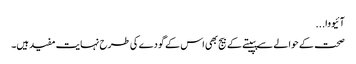
آئیووا...
صحت کے حوالے سے پپیتے کے بیج بھی اس کے گودے کی طرح نہایت مفید ہیں۔